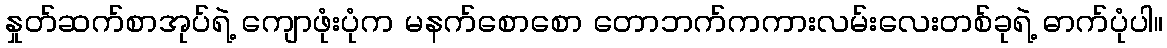
နှုတ်ဆက်စာအုပ်ရဲ့ ကျောဖုံးပုံက မနက်စောစော တောဘက်ကကားလမ်းလေးတစ်ခုရဲ့ ဓာက်ပုံပါ။